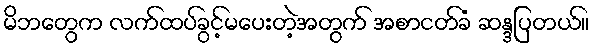
မိဘတွေက လက်ထပ်ခွင့်မပေးတဲ့အတွက် အစာငတ်ခံ ဆန္ဒပြတယ်။